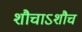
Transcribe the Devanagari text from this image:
शौचाऽशौच